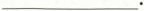
___.